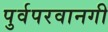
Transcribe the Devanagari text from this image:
पुर्वपरवानगी